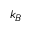
k _ { B }